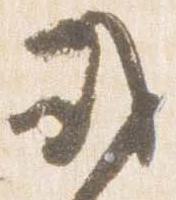
或